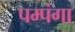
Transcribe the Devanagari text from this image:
पम्पंगा